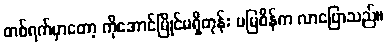
တစ်ရက်မှာတော့ ကိုအောင်မြိုင်မရှိတုန်း မမြစိန်က လာပြောသည်။